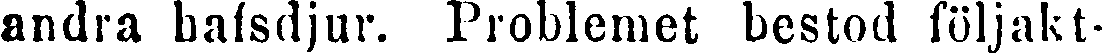
andra bafsdjur. Problemet bestod följakt-